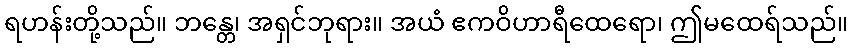
ရဟန်းတို့သည်။ ဘန္တေ၊ အရှင်ဘုရား။ အယံ ဧကဝိဟာရီထေရော၊ ဤမထေရ်သည်။